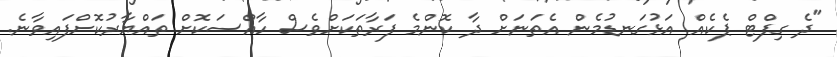
"ދެ ގިފްޓް ޕެކެއް އަޅުގަނޑުމެން އެތަނަށް ދާ ކޮންމެ ފަރާތަކަށްވެސް ހާއްސަކޮށް ތައްޔާރުކޮށްފައިވާނެ.